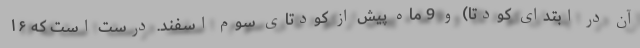
آن در ابتدای کودتا) و 9 ماه پیش از کودتای سوم اسفند. درست است که ۱۶